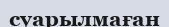
суарылмаған